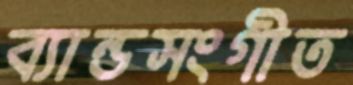
ব্যান্ডসংগীত